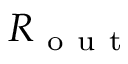
{ R _ { \mathrm { ~ o ~ u ~ t ~ } } }